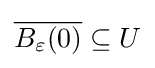
{\overline {B_{\varepsilon }(0)}}\subseteq U